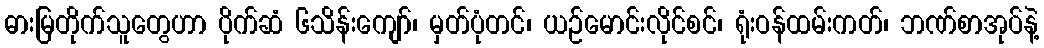
ဓားမြတိုက်သူတွေဟာ ပိုက်ဆံ ၆သိန်းကျော်၊ မှတ်ပုံတင်၊ ယဉ်မောင်းလိုင်စင်၊ ရုံးဝန်ထမ်းကတ်၊ ဘဏ်စာအုပ်နဲ့